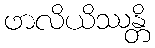
ဖာလိယိဿန္တိ